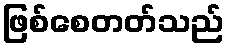
ဖြစ်စေတတ်သည်